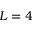
L = 4